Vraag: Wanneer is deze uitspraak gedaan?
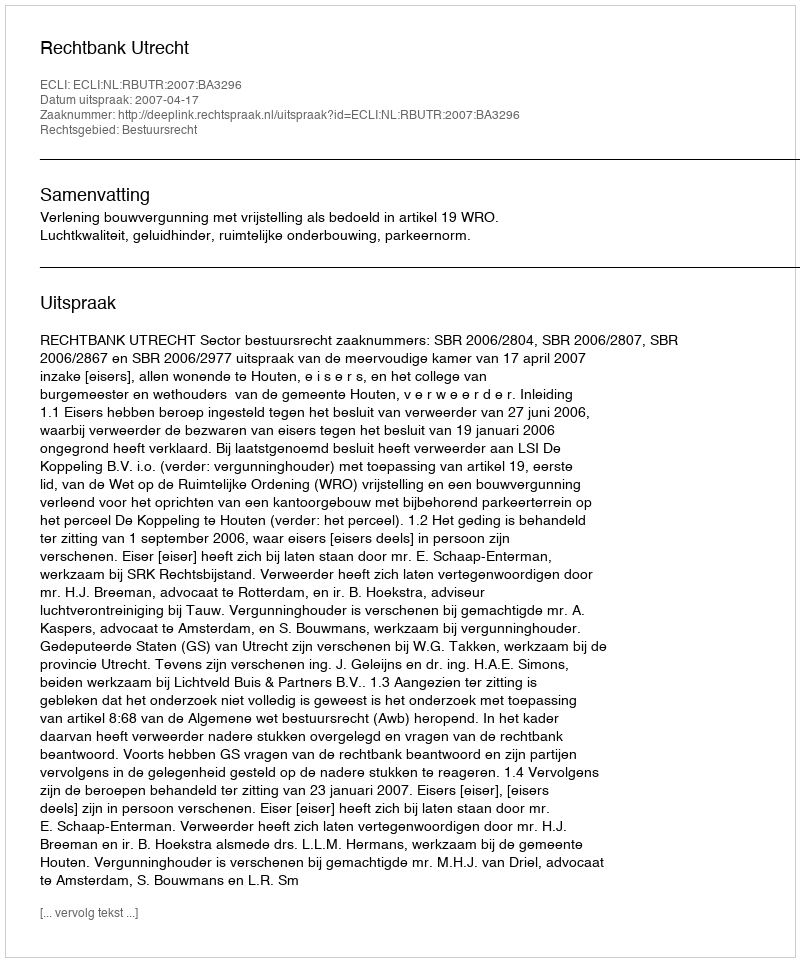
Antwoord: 2007-04-17